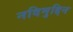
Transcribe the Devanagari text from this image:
नदिमुद्दिन